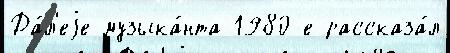
Да́л'еjе музыка́нта 1980-е рассказа́л